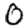
Digit: 0